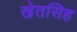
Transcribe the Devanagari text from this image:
खेतसिह